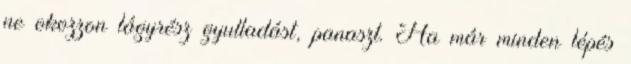
ne okozzon lágyrész gyulladást, panaszt. Ha már minden lépés